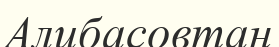
Алибасовтан